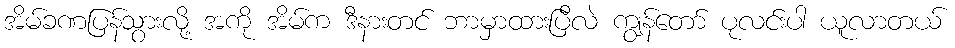
အိမ်ခဏပြန်သွားလို့ အကို အိမ်က ဒီနားတင် ဘာမှာထားပြီလဲ ကျွန်တော် ပုလင်းပါ ယူလာတယ်